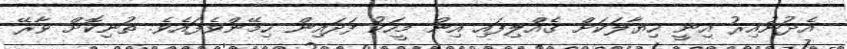
އެދުނުއިރު އިނީ ހިޔާލަކަށް ގެއްލިފައި އިން މީހަކު ފަދައިން ހިމޭންވެފައެވެ. ތުނިކޮށް ވާރޭ